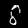
Label: 8